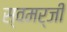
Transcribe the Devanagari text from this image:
स्वमर्जी